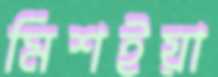
মিশইয়া